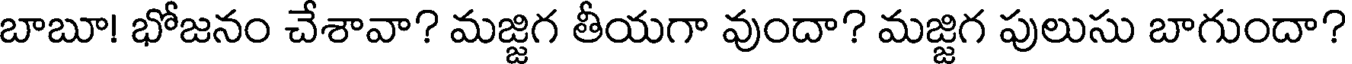
బాబూ! భోజనం చేశావా? మజ్జిగ తీయగా వుందా? మజ్జిగ పులుసు బాగుందా?